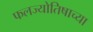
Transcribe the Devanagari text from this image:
फलज्योतिषाच्या